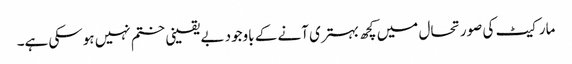
مارکیٹ کی صورتحال میں کچھ بہتری آنے کے باوجود بے یقینی ختم نہیں ہوسکی ہے۔